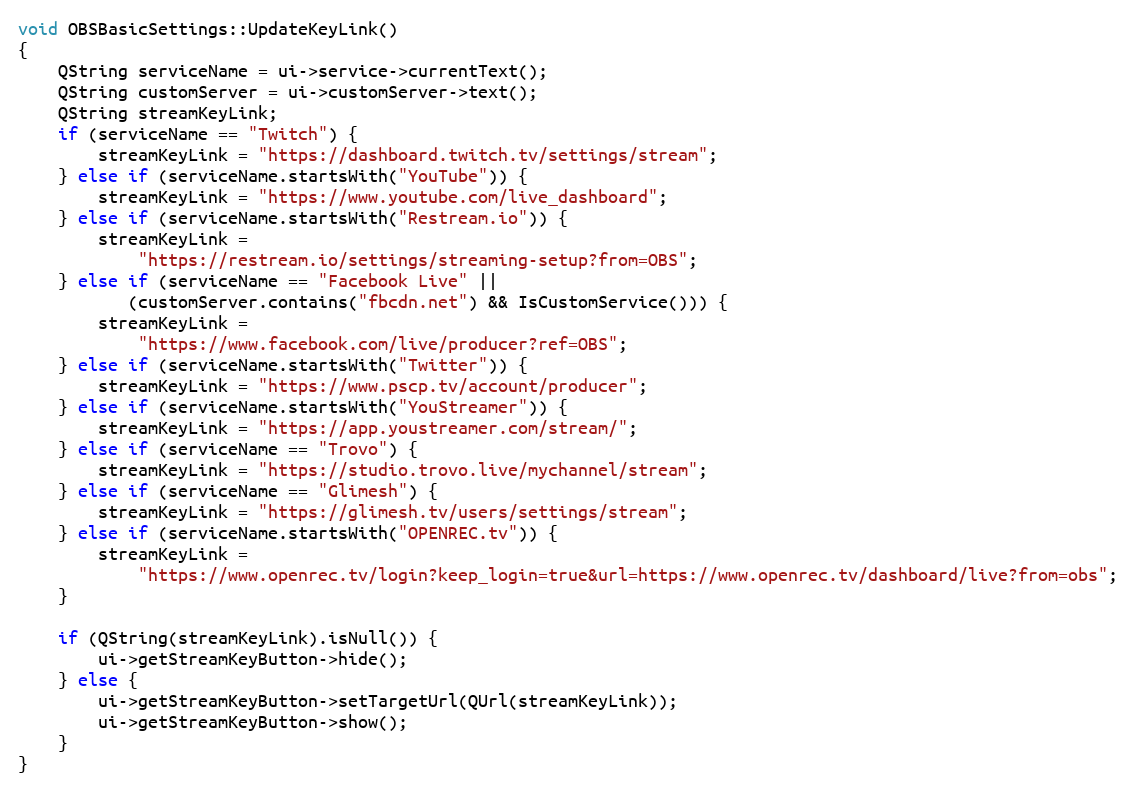
Language: C++
void OBSBasicSettings::UpdateKeyLink()
{
	QString serviceName = ui->service->currentText();
	QString customServer = ui->customServer->text();
	QString streamKeyLink;
	if (serviceName == "Twitch") {
		streamKeyLink = "https://dashboard.twitch.tv/settings/stream";
	} else if (serviceName.startsWith("YouTube")) {
		streamKeyLink = "https://www.youtube.com/live_dashboard";
	} else if (serviceName.startsWith("Restream.io")) {
		streamKeyLink =
			"https://restream.io/settings/streaming-setup?from=OBS";
	} else if (serviceName == "Facebook Live" ||
		   (customServer.contains("fbcdn.net") && IsCustomService())) {
		streamKeyLink =
			"https://www.facebook.com/live/producer?ref=OBS";
	} else if (serviceName.startsWith("Twitter")) {
		streamKeyLink = "https://www.pscp.tv/account/producer";
	} else if (serviceName.startsWith("YouStreamer")) {
		streamKeyLink = "https://app.youstreamer.com/stream/";
	} else if (serviceName == "Trovo") {
		streamKeyLink = "https://studio.trovo.live/mychannel/stream";
	} else if (serviceName == "Glimesh") {
		streamKeyLink = "https://glimesh.tv/users/settings/stream";
	} else if (serviceName.startsWith("OPENREC.tv")) {
		streamKeyLink =
			"https://www.openrec.tv/login?keep_login=true&url=https://www.openrec.tv/dashboard/live?from=obs";
	}

	if (QString(streamKeyLink).isNull()) {
		ui->getStreamKeyButton->hide();
	} else {
		ui->getStreamKeyButton->setTargetUrl(QUrl(streamKeyLink));
		ui->getStreamKeyButton->show();
	}
}